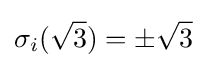
\sigma _{i}({\sqrt {3}})=\pm {\sqrt {3}}